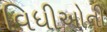
વિધીઓની